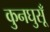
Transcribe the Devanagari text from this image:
कुनघुसूँ